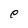
Character: e